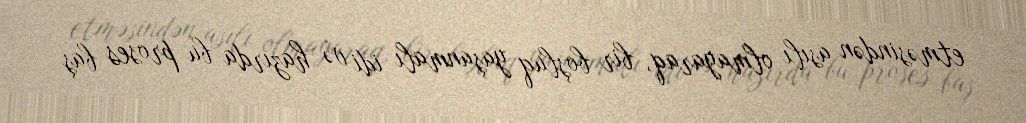
etməsindən asılı olmayaraq, bir boşluq yaşanmalı idi və hazırda bu proses baş